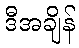
ဒီအချိန်